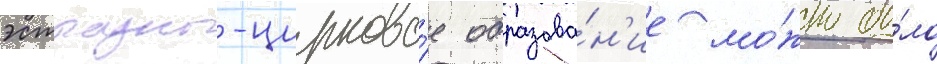
эстрадно-цирково́е образова́н'ие мо́жно бы́ло